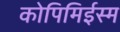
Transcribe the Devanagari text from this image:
कोपिमिईस्म